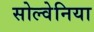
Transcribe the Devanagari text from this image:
सोल्वेनिया